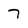
Character: 7